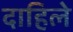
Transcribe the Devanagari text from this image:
दाहिले